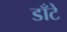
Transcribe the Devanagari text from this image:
डाँटे